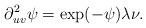
LaTeX: \begin{align*}\partial^2_{uv} \psi = \exp(-\psi) \lambda \nu. \end{align*}